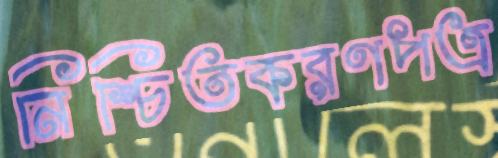
নিশ্চিতকরণপত্র